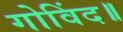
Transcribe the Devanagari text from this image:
गोविंद॥